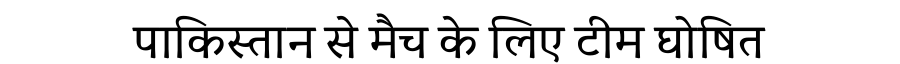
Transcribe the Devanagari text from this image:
पाकिस्तान से मैच के लिए टीम घोषित